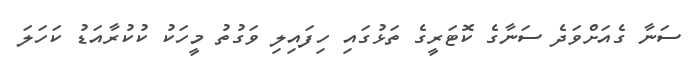
ސަނާ ގެއަށްވަދެ ސަނާގެ ކޮޓަރީގެ ތަޅުގައި ހިފައިލި ވަގުތު މީހަކު ކުކުރާއަޑު ކަހަލަ